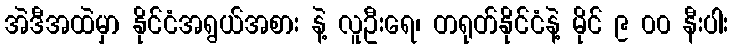
အဲဒီအထဲမှာ နိုင်ငံအရွယ်အစား နဲ့ လူဦးရေ၊ တရုတ်နိုင်ငံနဲ့ မိုင် ၉ ၀၀ နီးပါး